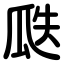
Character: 瓞